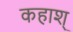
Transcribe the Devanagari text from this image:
कहाश्